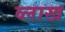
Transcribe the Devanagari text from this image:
व्लाख